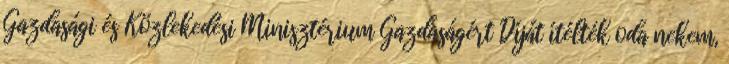
Gazdasági és Közlekedési Minisztérium Gazdaságért Díját ítélték oda nekem,